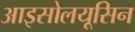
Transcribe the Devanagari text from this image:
आइसोलयूसिन